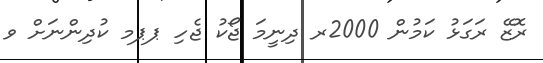
ރޮޒޭ ރަގަޅު ކަމުން 2000ރ ދިނީމަ ޖޯކު ޖެހި ޕޕމ ކުދިންނަށް ވ